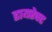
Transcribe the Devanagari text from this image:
डायरेक्‍ट